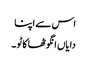
اس سے اپنا
دایاں انگوٹھا کاٹو ۔